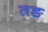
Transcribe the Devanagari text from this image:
तङ